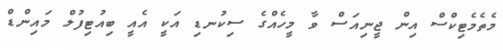
މެތެމެޓިކްސް އިން ޖީނިއަސް ވާ މީހެއްގެ ސިކުނޑި އަކީ އެއީ ބިއުޓިފުލް މައިންޑް